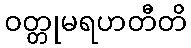
ဝတ္တုမရဟတီတိ